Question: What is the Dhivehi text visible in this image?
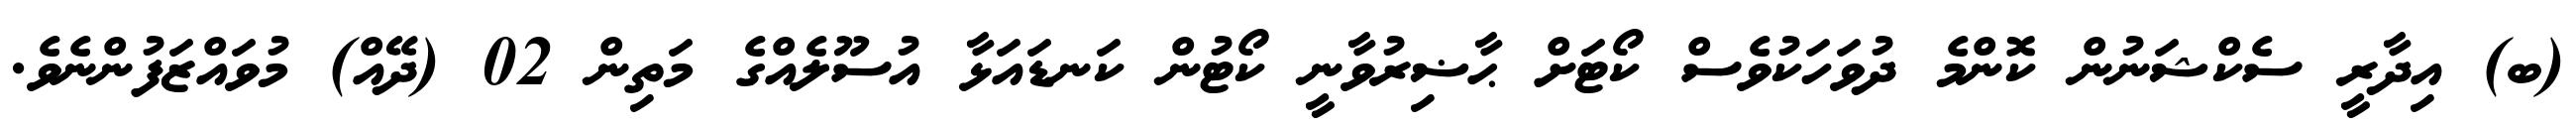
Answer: (ބ) އިދާރީ ސެކްޝަނުން ކޮންމެ ދުވަހަކުވެސް ކޯޓަށް ޙާޟިރުވާނީ ކޯޓުން ކަނޑައަޅާ އުސޫލެއްގެ މަތިން 02 (ދޭއް) މުވައްޒަފުންނެވެ.